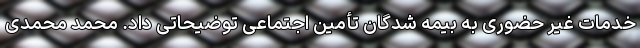
خدمات غیر حضوری به بیمه شدگان تأمین اجتماعی توضیحاتی داد. محمد محمدی